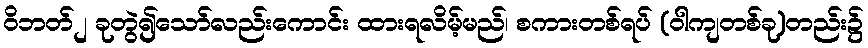
ဝိဘတ်၂ ခုတွဲ၍သော်လည်းကောင်း ထားရလိမ့်မည်၊ စကားတစ်ရပ် (ဝါကျတစ်ခု)တည်း၌